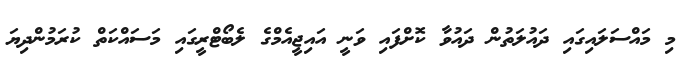
މި މައްސަލައިގައި ދައުލަތުން ދައުވާ ކޮށްފައި ވަނީ އައިޖީއެމްގެ ލެބޯޓްރީގައި މަސައްކަތް ކުރަމުންދިޔަ